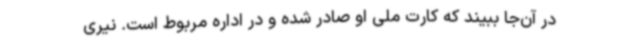
در آن‌جا ببیند که کارت ملی او صادر شده و در اداره مربوط است. نیری